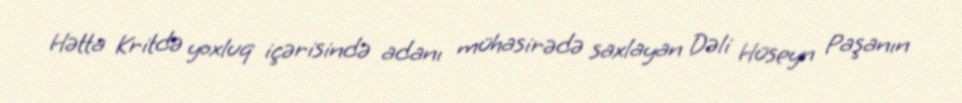
Hətta Kritdə yoxluq içərisində adanı mühasirədə saxlayan Dəli Hüseyn Paşanın